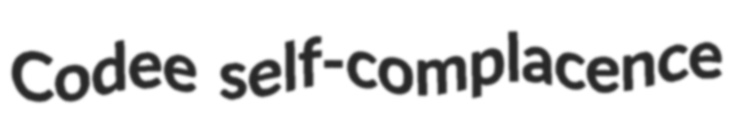
Codee self-complacence